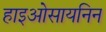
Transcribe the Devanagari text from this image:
हाइओसायनिन